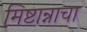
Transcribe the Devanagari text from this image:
मिष्टान्नाचा